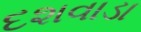
દશવાડા